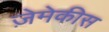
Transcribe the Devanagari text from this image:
ज़ेमेकीस